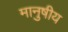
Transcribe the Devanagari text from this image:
मानुषीय